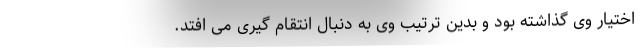
اختیار وی گذاشته بود و بدین ترتیب وی به دنبال انتقام گیری می افتد.